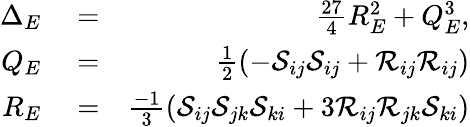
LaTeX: \begin{array}{rlr}{{\Delta_{E}}}&{{}=}&{\frac{27}{4}R_{E}^{2}+Q_{E}^{3},}\\ {{Q_{E}}}&{{}=}&{\frac{1}{2}(-\mathcal{S}_{ij}\mathcal{S}_{ij}+\mathcal{R}_{ij}\mathcal{R}_{ij})}\\ {{R_{E}}}&{{}=}&{\frac{-1}{3}(\mathcal{S}_{ij}\mathcal{S}_{jk}\mathcal{S}_{ki}+3\mathcal{R}_{ij}\mathcal{R}_{jk}\mathcal{S}_{ki})}\end{array}